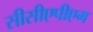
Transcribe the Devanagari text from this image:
सीसीएपीएम